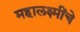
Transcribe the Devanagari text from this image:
महालक्ष्मींचे